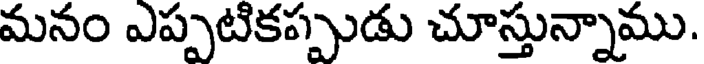
మనం ఎప్పటికప్పుడు చూస్తున్నాము.